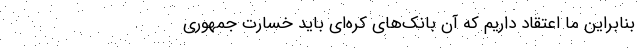
بنابراین ما اعتقاد داریم که آن بانک‌های کره‌ای باید خسارت جمهوری